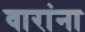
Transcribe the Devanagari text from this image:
वारांना